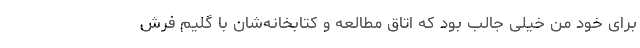
برای خود من خیلی جالب بود که اتاق مطالعه و کتابخانه‌شان با گلیم فرش